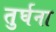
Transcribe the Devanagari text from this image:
तुर्घना